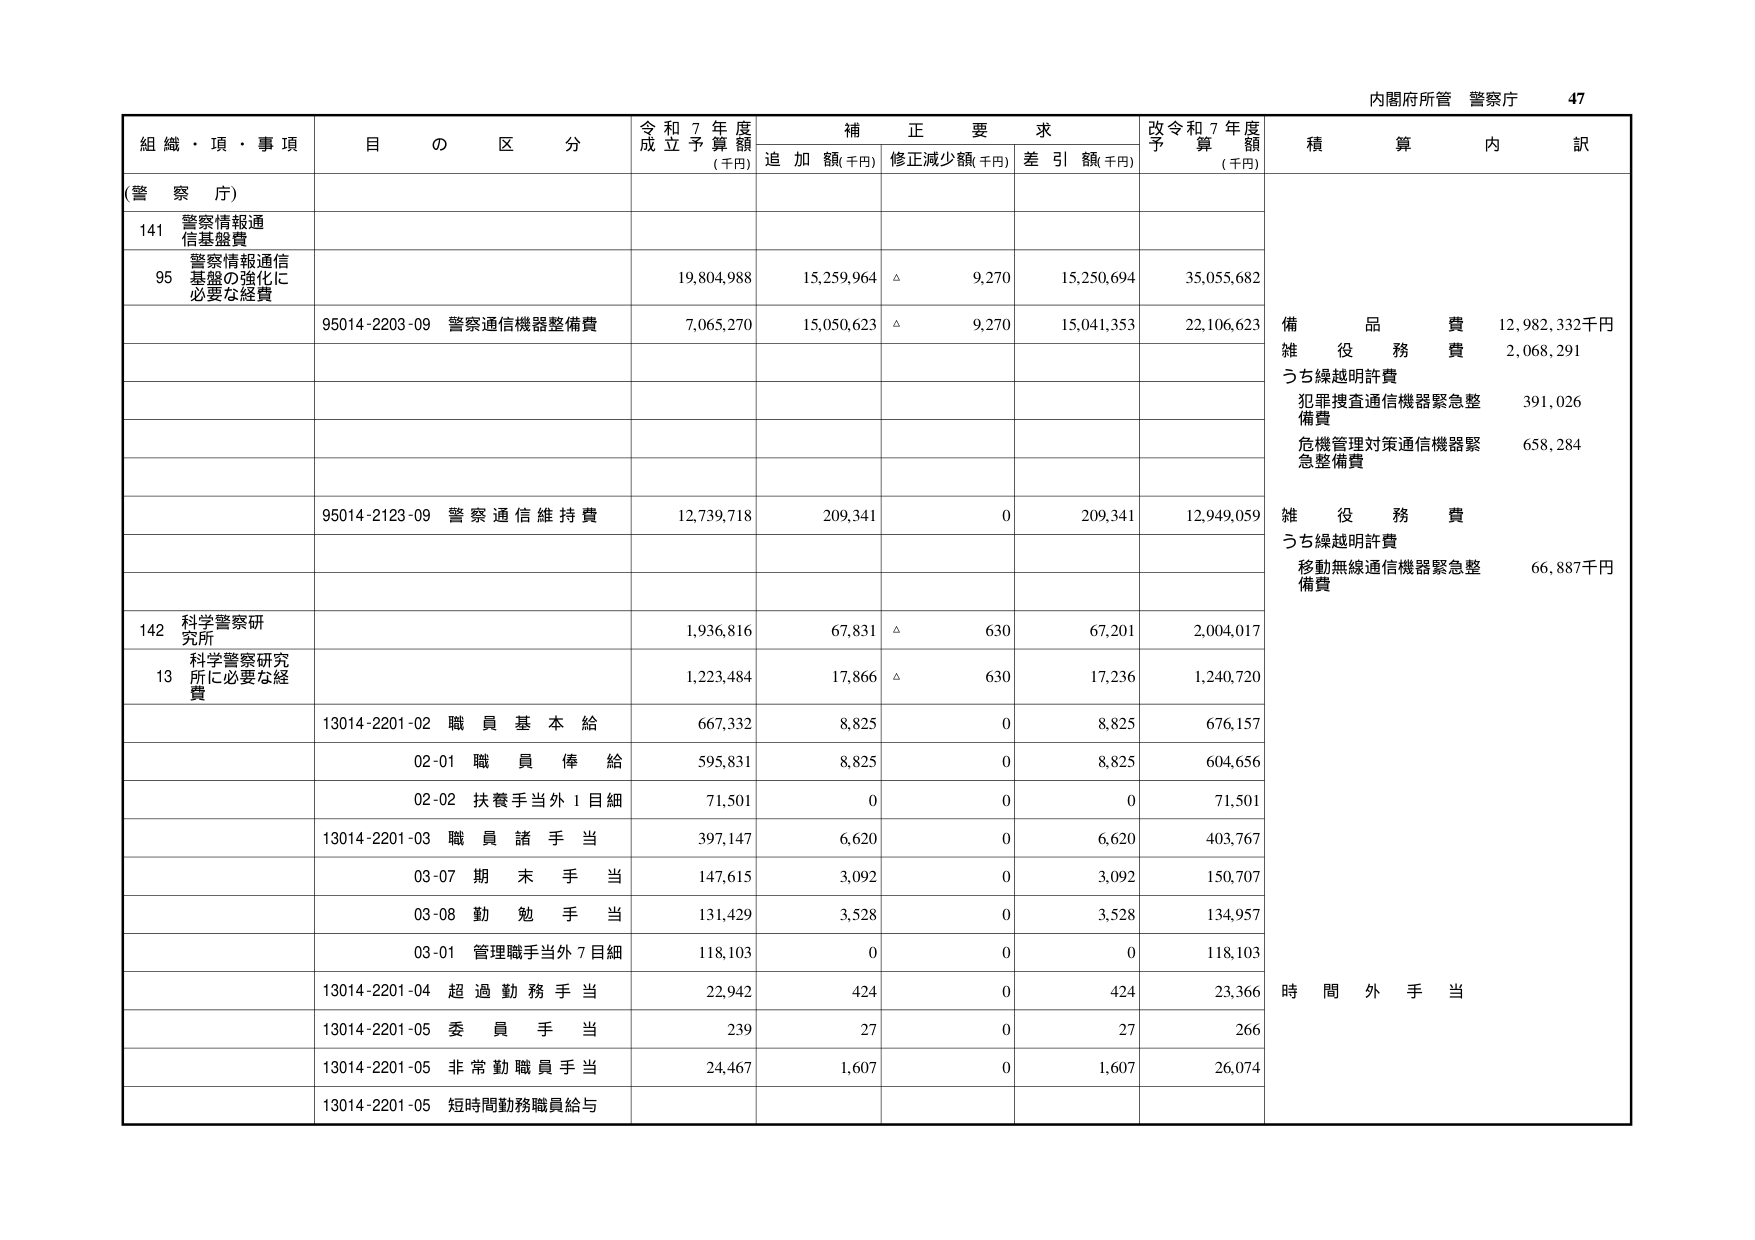
内閣府所管 警察庁 47

組織・項・事項 目の区分 令和7年度成立予算額(千円) 補正要求 追加額(千円) 修正減少額(千円) 差引額(千円) 改令和7年度予算額(千円) 積算内訳

(警察庁)

141 警察情報通信基盤費

95 警察情報通信基盤の強化に必要な経費 19,804,988 15,259,964 △ 9,270 15,250,694 35,055,682

95014-2203-09 警察通信機器整備費 7,065,270 15,050,623 △ 9,270 15,041,353 22,106,623

備品費 12,982,332千円
雑役務費 2,068,291
うち繰越明許費
犯罪捜査通信機器緊急整備費 391,026
危機管理対策通信機器緊急整備費 658,284

95014-2123-09 警察通信維持費 12,739,718 209,341 0 209,341 12,949,059

雑役務費
うち繰越明許費
移動無線通信機器緊急整備費 66,887千円

142 科学警察研究所

13 科学警察研究所に必要な経費 1,223,484 17,866 △ 630 17,236 1,240,720

13014-2201-02 職員基本給 667,332 8,825 0 8,825 676,157
02-01 職員俸給 595,831 8,825 0 8,825 604,656
02-02 扶養手当外1目細 71,501 0 0 0 71,501

13014-2201-03 職員諸手当 397,147 6,620 0 6,620 403,767
03-07 期末手当 147,615 3,092 0 3,092 150,707
03-08 勤勉手当 131,429 3,528 0 3,528 134,957
03-01 管理職手当外7目細 118,103 0 0 0 118,103

13014-2201-04 超過勤務手当 22,942 424 0 424 23,366

13014-2201-05 委員手当 239 27 0 27 266

13014-2201-05 非常勤職員手当 24,467 1,607 0 1,607 26,074

13014-2201-05 短時間勤務職員給与

時間外手当